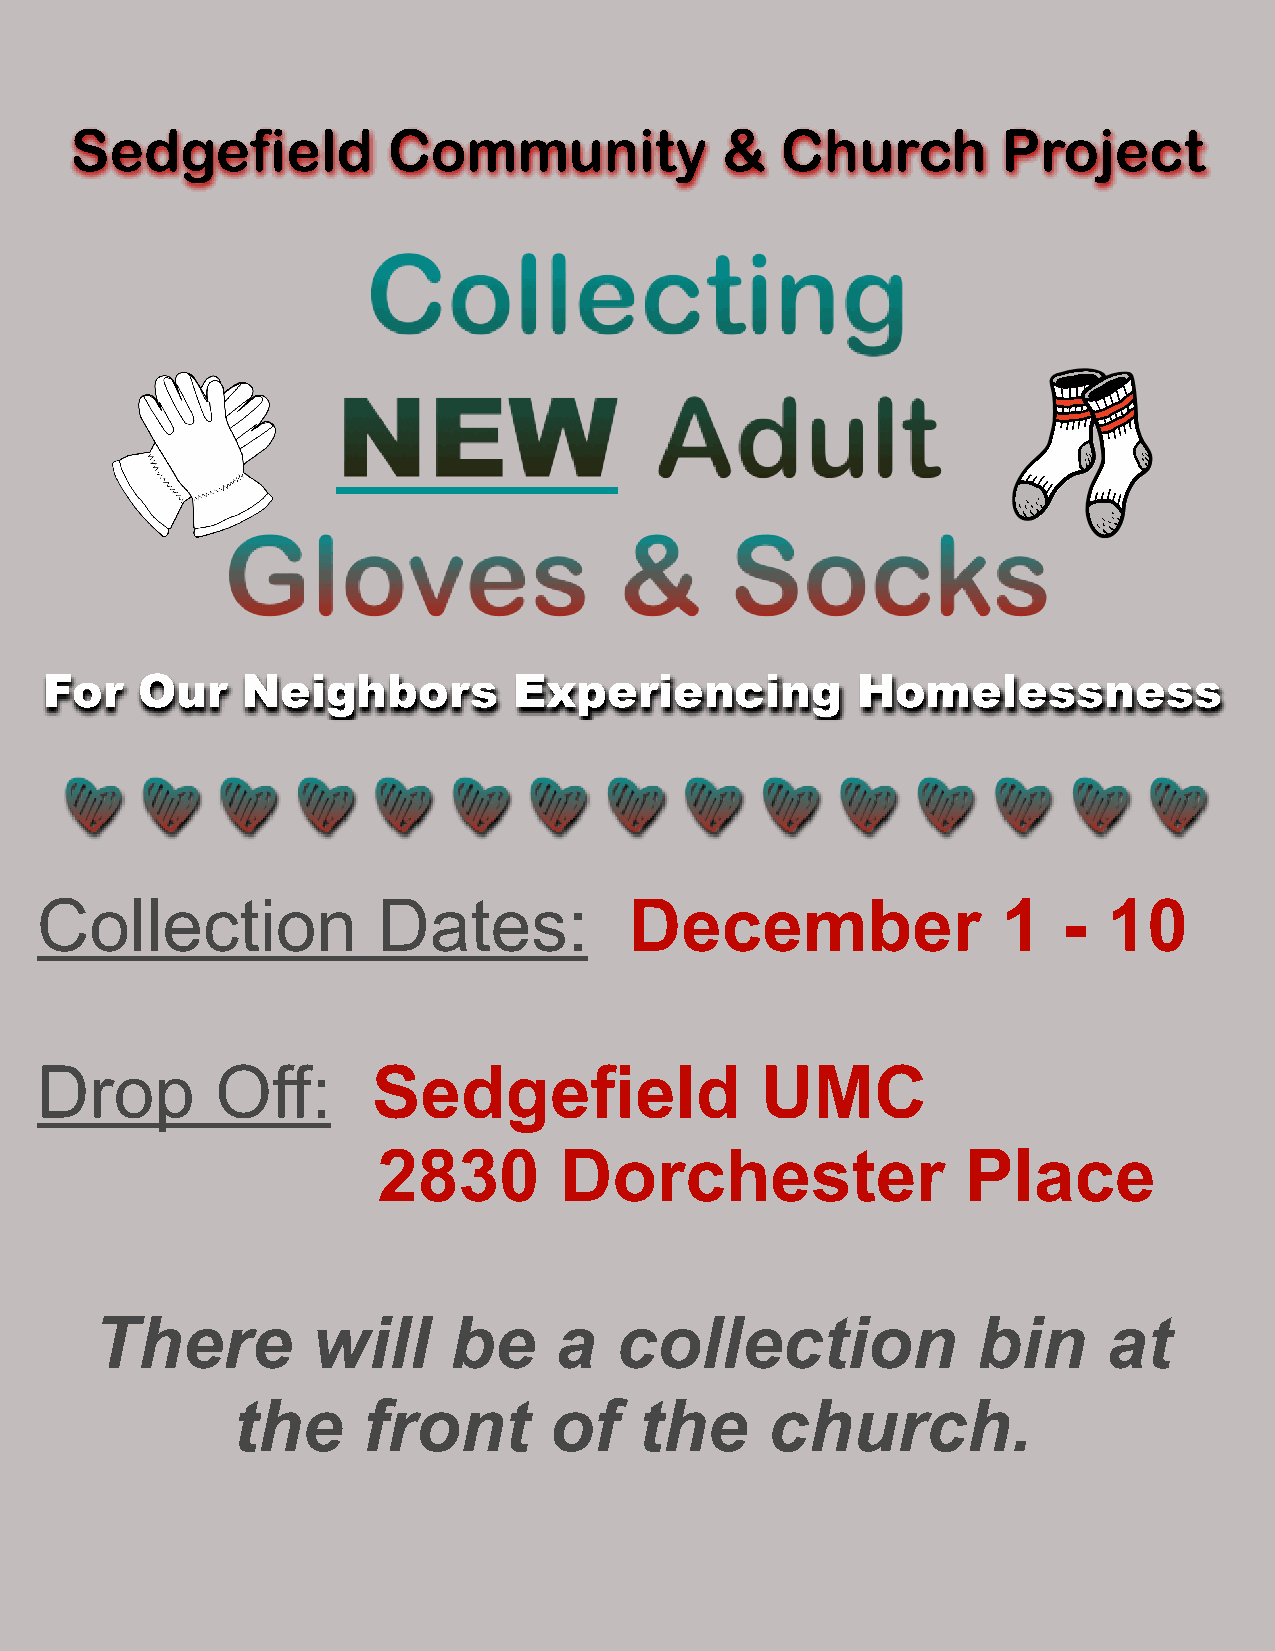
Sedgefield           Community             &   Church        Project
 Collecting
 Adult
 NEW
 Gloves                    &      Socks
 For   Our    Neighbors         Experiencing           Homelessness
 O     o    o    O    O    O    O    O    O     O    O    O    O    O    O
 Collection             Dates:           December                1   -  10
 Drop        Off:       Sedgefield               UMC
 2830        Dorchester                 Place
 There          will     be     a   collection              bin     at
 the      front       of    the      church.